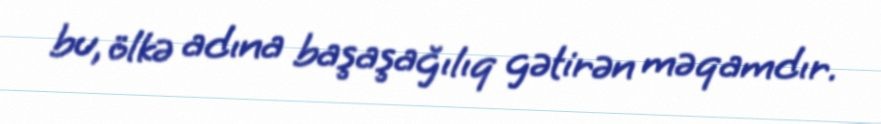
bu, ölkə adına başaşağılıq gətirən məqamdır.